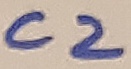
Text: C2